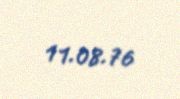
11.08.76